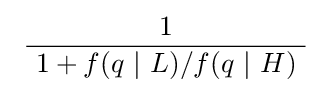
\ {\frac {1}{\ 1+f(q\ |\ L)/f(q\ |\ H)\ }}\